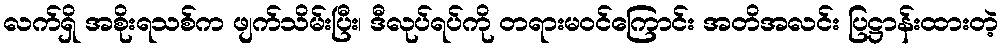
လက်ရှိ အစိုးရသစ်က ဖျက်သိမ်းပြီး၊ ဒီလုပ်ရပ်ကို တရားမဝင်ကြောင်း အတိအလင်း ပြဋ္ဌာန်းထားတဲ့